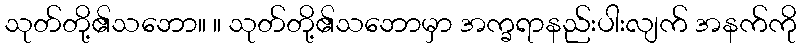
သုတ်တို့၏သဘော။ ။ သုတ်တို့၏သဘောမှာ အက္ခရာနည်းပါးလျက် အနက်ကို